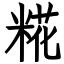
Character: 糀